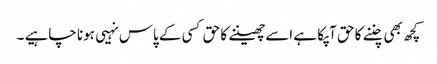
کچھ بھی چننے کا حق آپکا ہے اسےچھیننے کا حق کسی کے پاس نہیی ہونا چاہیے ۔